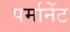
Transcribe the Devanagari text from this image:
पर्मानेंट